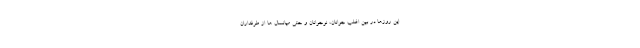
این روزها در بین اغلب جوانان، نوجوانان و حتی میانسال ها از طرفداران